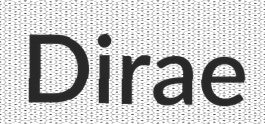
Dirae